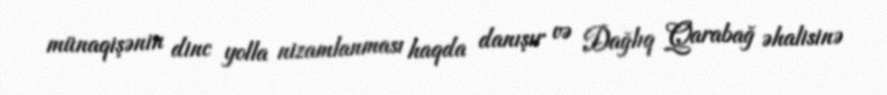
münaqişənin dinc yolla nizamlanması haqda danışır və Dağlıq Qarabağ əhalisinə